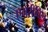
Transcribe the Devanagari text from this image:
एमरीविल